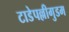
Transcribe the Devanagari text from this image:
टाडेपल्लीगुडम